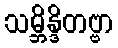
သမ္ဘိန္ဒိတဗ္ဗာ